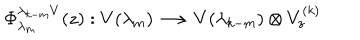
\Phi _ { \lambda _ { m } } ^ { \lambda _ { k - m } V } ( z ) : V ( \lambda _ { m } ) \longrightarrow V ( \lambda _ { k - m } ) \otimes V _ { z } ^ { ( k ) }